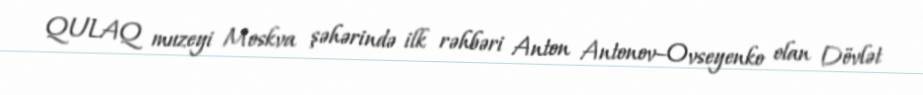
QULAQ muzeyi Moskva şəhərində ilk rəhbəri Anton Antonov–Ovseyenko olan Dövlət